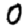
Digit: 0